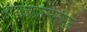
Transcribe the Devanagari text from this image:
मायक्रोप्रोसेसरमुळे